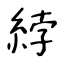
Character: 綍